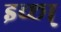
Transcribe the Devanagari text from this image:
इच्छा्